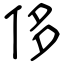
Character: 侈